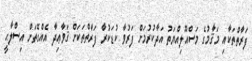
ފަރާތްތަކާއި މަޤާމުގެ މަސްއޫލިއްޔަތު އަދާކުރުމަށް ފަރުވާ ކުޑަކުރާ ފަރާތްތަކަށް ޤަވާޢިދާ އެއްގޮތަށް އިސްލާޙީ